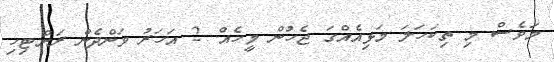
މަވެސް މި ތިކަހަލަ މަޅިއެއްގަ ޖެހުން މީހެއް. 2 އަހަރު ވަންދެން ރަށްޓިހި